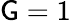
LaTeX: \mathsf{G}=1